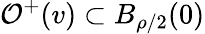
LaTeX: \mathcal{O}^{+}(v)\subset B_{\rho/2}(0)